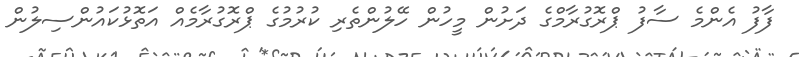
ފާފު އެންމެ ސާފު ޕްރޮގުރާމްގެ ދަށުން މީހުން ހޭލުންތެރި ކުރުމުގެ ޕްރޮގުރާމެއް އަތޮޅުކައުންސިލުން